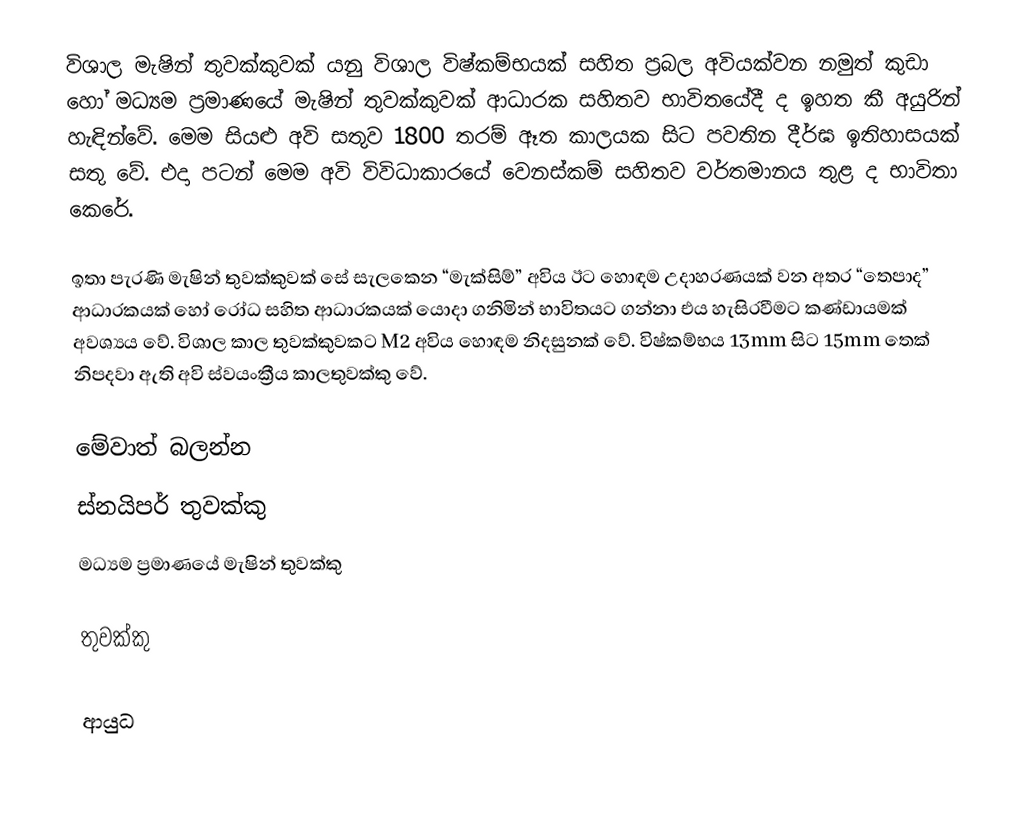
විශාල මැෂින් තුවක්කුවක් යනු විශාල විෂ්කම්භයක් සහිත ප්‍රබල අවියක්වන නමුත් කුඩා හෝ මධ්‍යම ප්‍රමාණයේ මැෂින් තුවක්කුවක් ආධාරක සහිතව භාවිතයේදී ද ඉහත කී අයුරින් හැඳින්වේ. මෙම සියළු අවි සතුව 1800 තරම් ඈත කාලයක සිට පවතින දීර්ඝ ඉතිහාසයක් සතු වේ. එදා පටන් මෙම අවි විවිධාකාරයේ වෙනස්කම් සහිතව වර්තමානය තුළ ද භාවිතා කෙරේ.

ඉතා පැරණි මැෂින් තුවක්කුවක් සේ සැලකෙන “මැක්සිම්” අවිය ඊට හොඳම උදාහරණයක් වන අතර “තෙපාද” ආධාරකයක් හෝ රෝධ සහිත ආධාරකයක් යොද‍ා ගනිමින් භාවිතයට ගන්නා එය හැසිරවීමට කණ්ඩායමක් අවශ්‍යය වේ. විශාල කාල තුවක්කුවකට M2 අවිය හොඳම නිදසුනක් වේ. විෂ්කම්භය 13mm සිට 15mm තෙක් නිපදවා ඇති අවි ස්වයංක්‍රීය කාලතුවක්කු වේ.

මේවාත් බලන්න
ස්නයිපර් තුවක්කු
මධ්‍යම ප්‍රමාණයේ මැෂින් තුවක්කු

තුවක්කු

ආයුධ